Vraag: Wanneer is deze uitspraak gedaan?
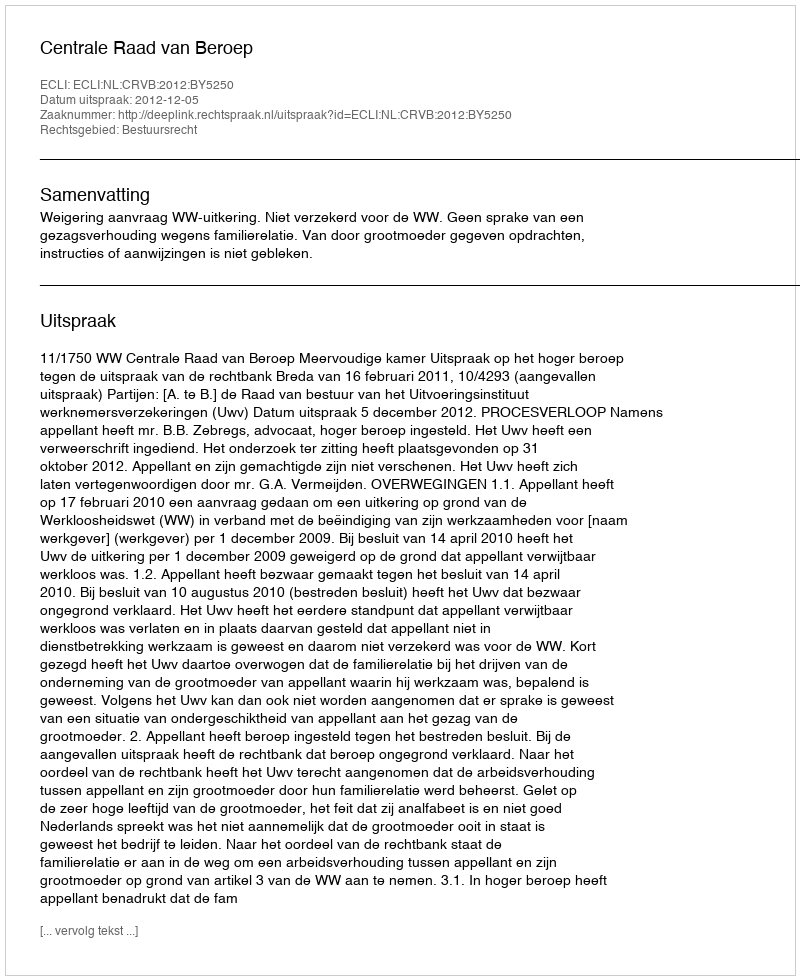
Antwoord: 2012-12-05